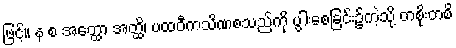
ဖြင့်။ န စ အတ္ထော အတ္ထိ၊ ပထဝီကသိဏစသည်ကို ပွါးစေခြင်း၌ကဲ့သို့ တစိုးတစိ